Report on vaccination in Madras 1922-1929 - 1922-1929
Year: 1922
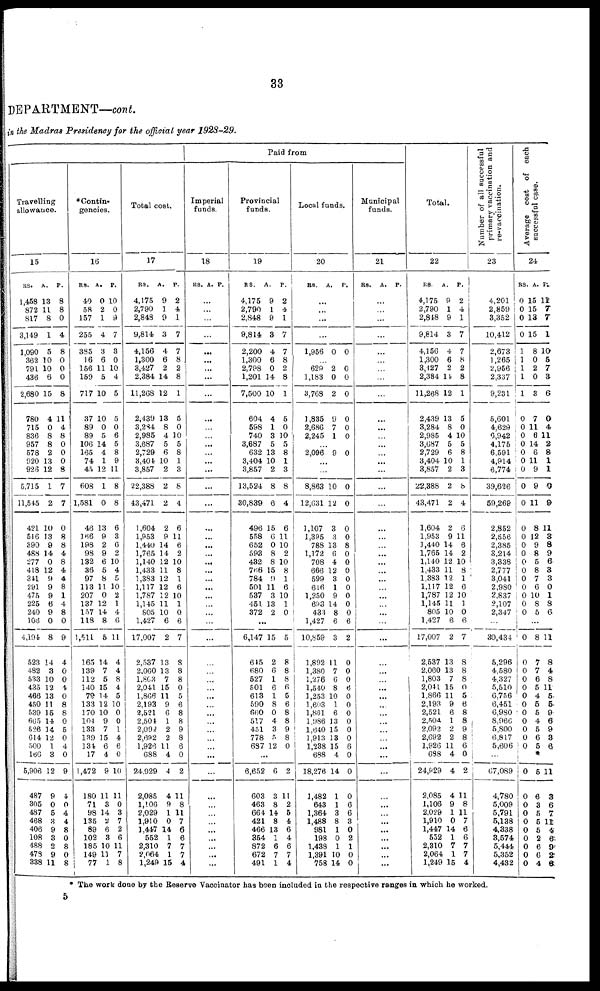
33
DEPARTMENT—cont.
in the Madras Presidency for the official year 1928-29.
Travelling
allowance.
15
RS.
1,458
872
817
3,149
1,090
362
791
436
2,680
780
715
836
957
578
920
926
5,715
11,545
421
516
390
488
277
418
341
291
475
225
240
106
4,194
523
482
533
435
466
450
539
665
526
614
500
166
5,906
487
305
487
468
406
108
488
478
338
A.
13
11
8
1
5
10
10
6
15
4
0
8
8
2
13
12
1
2
10
13
9
14
0
12
9
9
9
6
9
0
8
14
3
10
12
13
11
15
14
14
12
1
3
12
9
0
5
3
9
3
2
9
11
P.
8
8
0
4
8
0
0
0
8
11
4
8
0
0
0
8
7
7
0
8
8
4
8
4
4
8
1
4
8
0
9
4
0
0
4
0
8
8
0
5
0
4
0
9
4
0
4
4
8
0
8
0
8
*Contin¬
gencies.
16
RS.
40
58
157
255
385
16
156
159
717
37
89
89
106
165
74
45
608
1,581
46
166
198
98
132
36
97
113
207
137
157
118
1,511
165
139
112
140
79
133
170
104
133
139
134
17
1,472
180
71
98
135
89
102
185
149
77
A.
0
2
1
4
3
6
11
5
10
10
0
5
14
4
1
12
1
0
13
9
2
9
6
5
8
11
0
12
14
8
5
14
7
5
15
14
12
10
9
7
15
6
4
9
11
3
14
2
6
3
10
11
1
P.
10
0
9
7
3
0
10
4
5
5
0
6
5
8
9
11
8
8
6
3
6
2
10
4
5
10
2
1
4
6
11
4
4
8
4
5
10
0
0
1
4
6
0
10
11
0
3
7
2
6
11
7
8
Total cost.
17
RS.
4,175
2,790
2,848
9,814
4,156
1,300
3,427
2,384
11,268
2,439
3,284
2,985
3,687
2,729
3,404
3,857
22,388
43,471
1,604
1,953
1,440
1,765
1,140
1,433
1,383
1,117
1,787
1,145
805
1,427
17,007
2,537
2,060
1,863
2,041
1,866
2,193
2,521
2,504
2,092
2,692
1,926
688
24,929
2,085
1,106
2,029
1,910
1,447
552
2,310
2,064
1,249
A.
9
1
9
3
4
6
2
14
12
13
8
4
5
6
10
2
2
2
2
9
14
14
12
11
12
12
12
11
10
6
2
13
13
7
15
11
9
6
1
2
2
11
4
4
4
9
1
0
14
1
7
1
15
P.
2
4
1
7
7
8
2
8
1
5
0
10
5
8
1
3
8
4
6
11
6
2
10
8
1
6
10
1
0
6
7
8
8
8
0
5
6
8
8
9
8
6
0
2
11
8
11
7
6
6
7
7
4
Paid from
Imperial
funds.
18
RS. A. P.
...
...
...
...
...
...
...
...
...
...
...
...
...
...
...
...
...
...
...
...
...
...
...
...
...
...
...
...
...
...
...
...
...
...
...
...
...
...
...
...
...
...
...
...
...
...
...
...
...
...
...
...
...
Provincial
funds.
19
RS.
4,175
2,790
2,848
9,814
2,200
1,300
2,798
1,201
7,500
604
598
740
3,687
632
3,404
3,857
13,524
30,839
496
558
652
593
432
766
784
501
537
451
372
A.
9
1
9
3
4
6
0
14
10
4
1
3
5
13
10
2
8
6
15
6
0
8
8
15
9
11 3
13
2
P.
2
4
1
7
7
8
2
8
1
5
0
10
5
8
1
3
8
4
6
11
10
2
10
8
1
6
10
1
0
...
6,147
645
680
527
501
613
590
660
517
451
778
687
15
2
6
1
6
1
8
0
4
3
5
12
5
8
8
8
6
5
6
8
8
9
8
0
...
6,652
603
463
664
421
466
354
872
672
491
6
3
8
14
8
13
1
6
7
1
2
11
2
5
4
6
4
6
7
4
Local funds.
20
RS. A. P.
...
...
...
...
1,956 0 0
...
629
1,183
3,768
1,835
2,686
2,245
2
0
2
9
7
1
0
0
0
0
0
0
...
2,096 9 0
...
...
8,863
12,631
1,107
1,395
788
1,172
708
666
599
616
1,250
693
433
1,427
10,859
1,892
1,380
1,276
1,540
1,253
1,603
1,861
1,986
1,640
1,913
1,238
688
18,276
1,482
643
1,364
1,488
981
198
1,438
1,391
758
10
12
3
3
13
6
4
12
3
1
9
14
8
6
3
11
7
6
8
10
1
6
13
15
13
15
4
14
1
1
3
8
1
0
1
10
14
0
0
0
0
8
0
0
0
0
0
0
0
0
6
2
0
0
0
6
0
0
0
0
0
0
6
0
0
0
6
6
3
0
2
1
0
0
Municipal
funds.
21
RS. A. P.
...
...
...
...
...
...
...
...
...
...
...
...
...
...
...
...
...
...
...
...
...
...
...
...
...
...
...
...
...
...
...
...
...
...
...
...
...
...
...
...
...
...
...
...
...
...
...
...
...
...
...
...
...
Total.
22
RS.
4,175
2,790
2,848
9,814
4,156
1,300
3,427
2,384
11,268
2,439
3,284
2,985
3,687
2,729
3,404
3,857
22,388
43,471
1,604
1,953
1,440
1,765
1,140
1,433
1,383
1,117
1,787
1,145
805
1,427
17,007
2,537
2,060
1,803
2,041
1,866
2,193
2,521
2,504
2,093
2,692
1,926
688
24,929
2,085
1,106
2,029
1,910
1,447
552
2,310
2,064
1,249
A.
9
1
9
3
4
6
2
14
12
13
8
4
5
6
10
2
2
2
2
9
14
14
12
11
12
12
12
11
10
6
2
13
13
7
15
11
9
6
1
2
2
11
4
4
4
9
1
0
14
1
7
1
15
P.
2
4
1
7
7
8
2
8
1
5
0
10
5
8
1
3
8
4
6
11
6
2
10
8
1
6
10
1
0
6
7
8
8
8
0
5
6
8
8
9
8
6
0
2
11
8
11
7
6
6
7
7
4
Number of all successful
primary vaccination and
re-vaccination.
23
4,201
2,859
3,352
10,412
2,673
1,265
2,956
2,337
9,231
5,601
4,629
6,942
4,175
6,591
4,914
6,774
39,626
59,269
2,852
2,556
2,385
3,214
3,338
2,777
3,041
2,980
2,837
2,107
2,347
...
30,434
5,296
4,580
4,327
5,510
6,756
6,451
6,980
8,966
5,800
6,817
5,606
...
67,089
4,780
5,009
5,791
5,138
4,338
3,574
5,444
5,352
4,432
Average cost of each
successful case.
24
RS.
0
0
0
0
1
1
1
1
1
0
0
0
0
0
0
0
0
0
0
0
0
0
0
0
0
0
0
0
0
A.
15
15
13
15
8
0
2
0
3
7
11
6
14
6
11
9
9
11
8
12
9
8
5
8
7
6
10
8
5
P.
11
7
7
1
10
5
7
3
6
0
4
11
2
8
1
1
0
9
11
3
8
9
6
3
3
0
1
8
6
...
0
0
0
0
0
0
0
0
0
0
0
0
0
0
0
0
0
0
0
0
0
0
8
7
7
6
5
4
5
5
4
5
6
5
*
5
6
3
5
5
5
2
6
6
4
11
8
4
8
11
5
5
9
6
9
3
6
11
3
6
7
11
4
6
9
2
6
* The work done by the Reserve Vaccinator has been included in the respective ranges in which he worked.
5